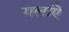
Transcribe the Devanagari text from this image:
गलांऎ